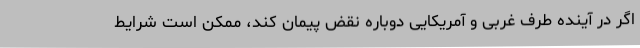
اگر در آینده طرف غربی و آمریکایی دوباره نقض پیمان کند، ممکن است شرایط